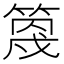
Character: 𥯣